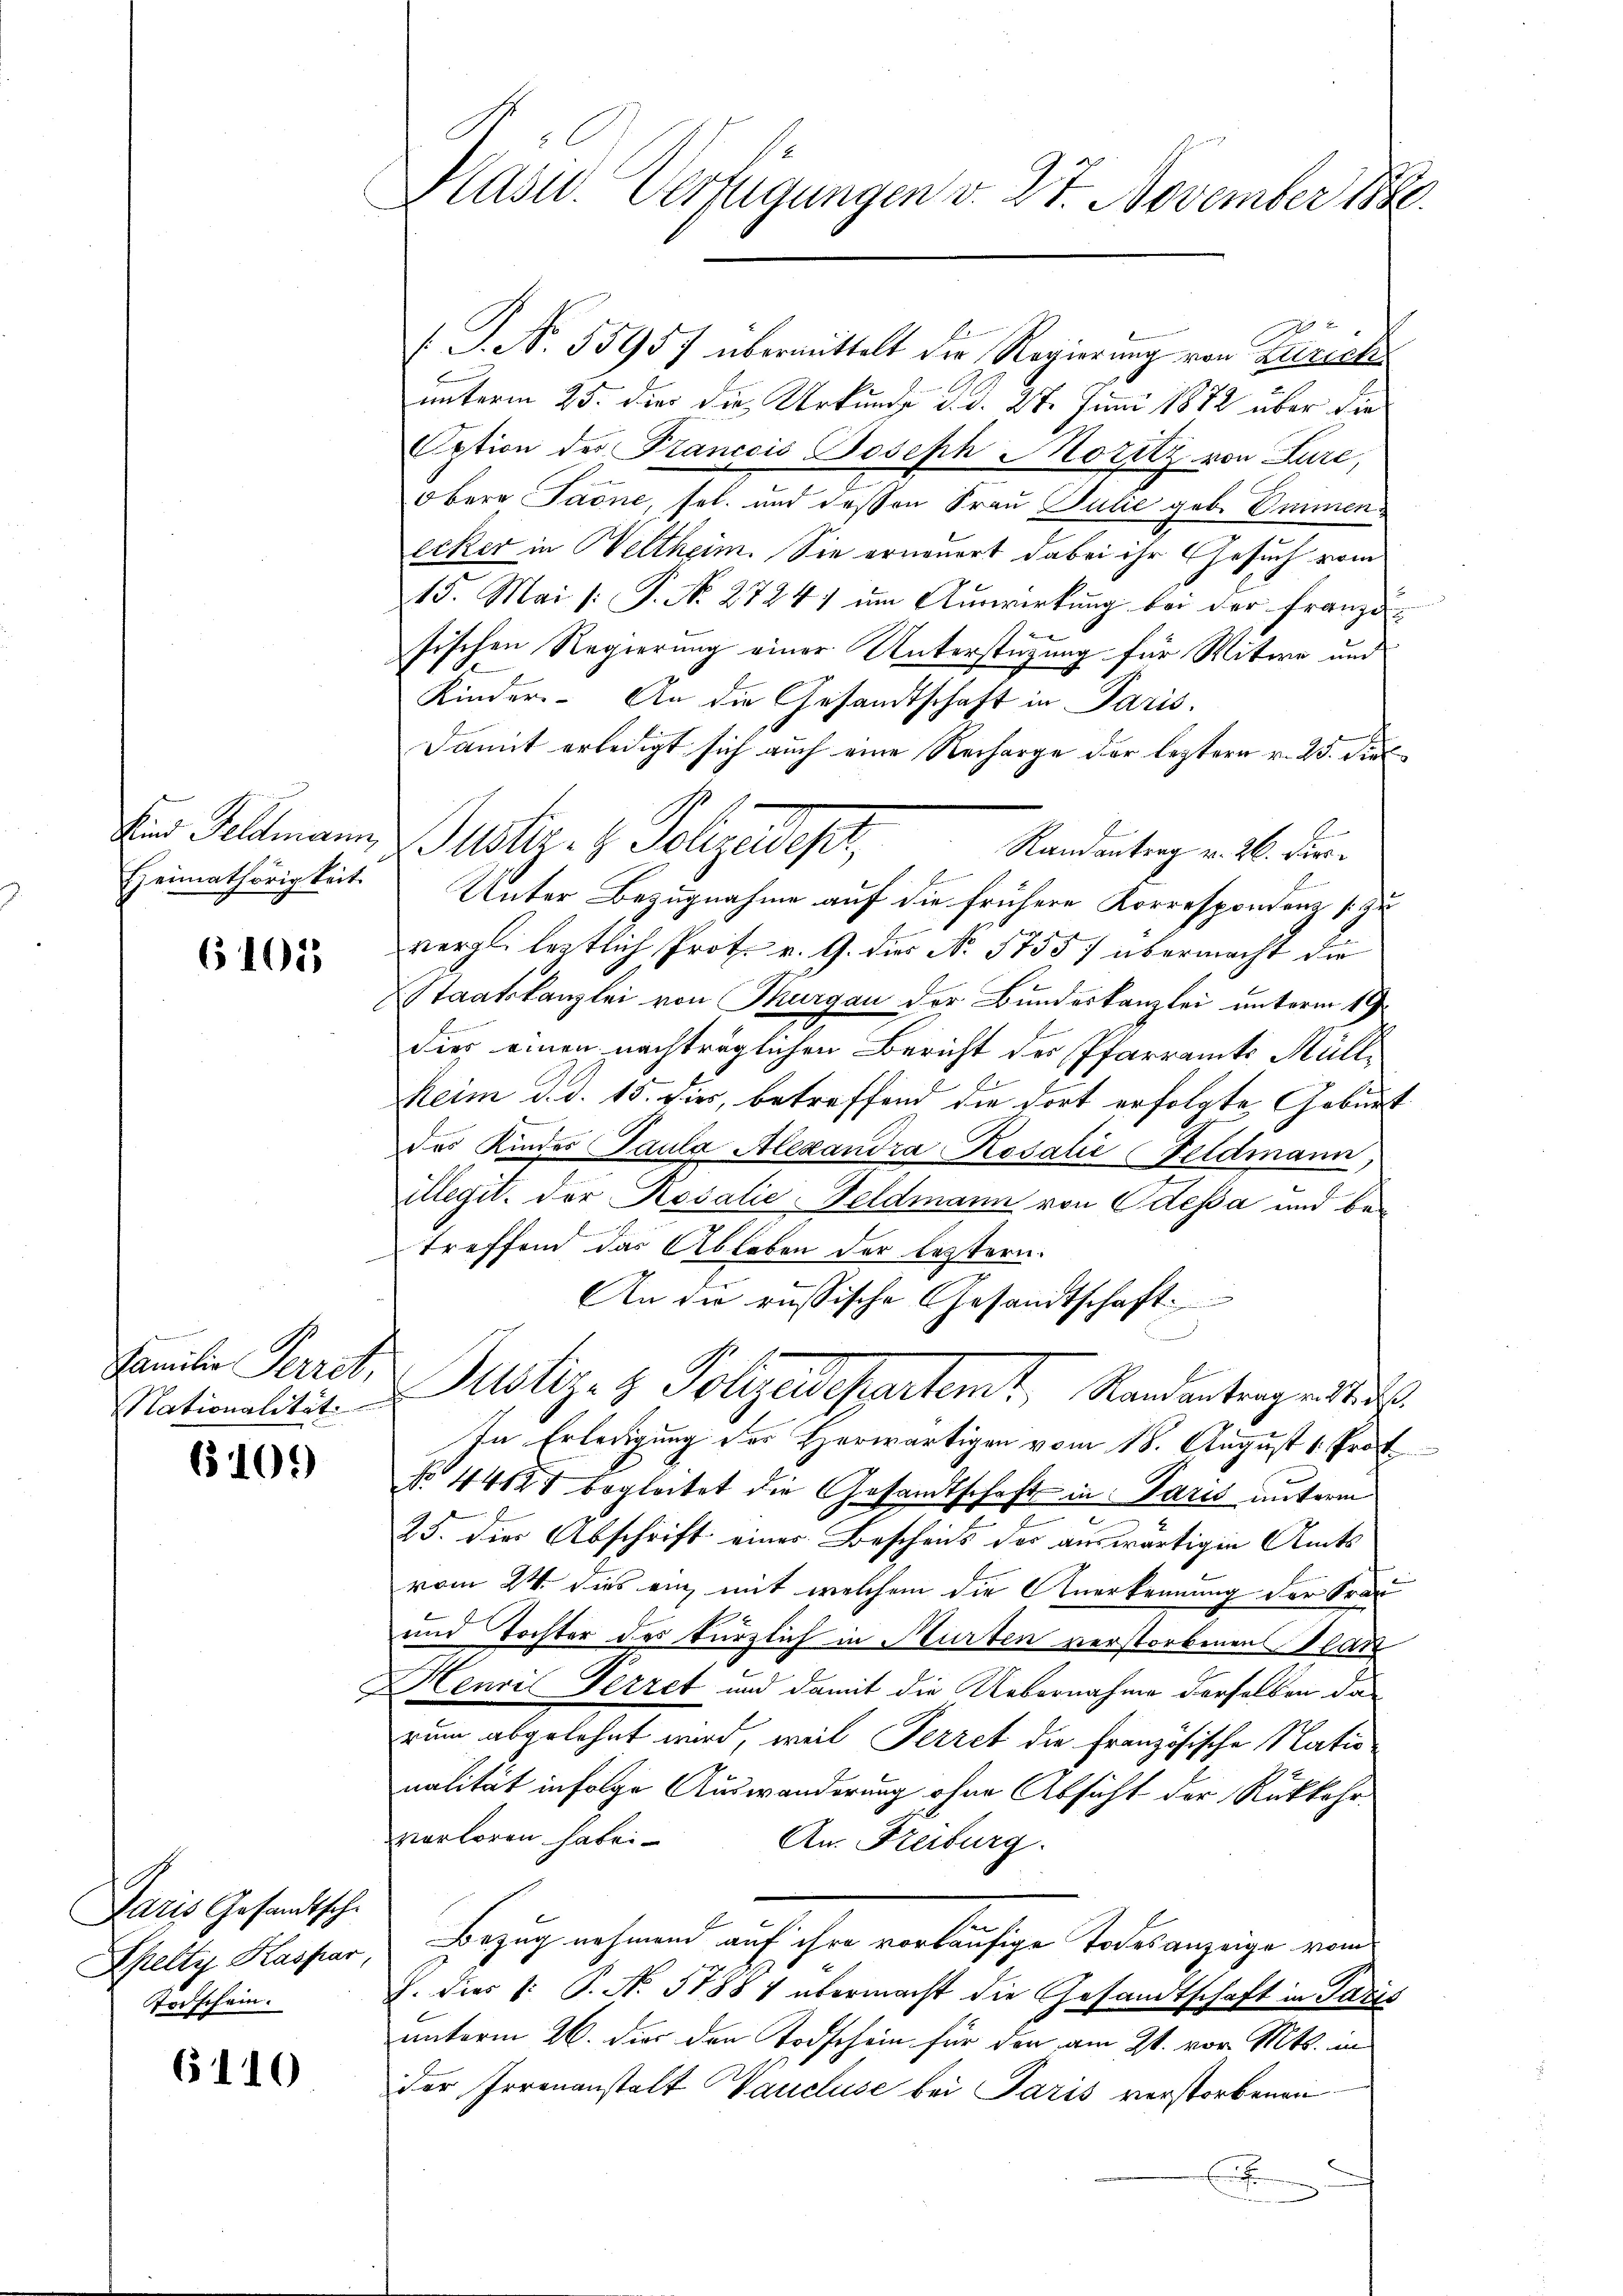
Heimathörigkeit.

6105

Nationalität

6109)

Paris Gesandtsche
Spelty Kaspar,
Korschein.

6110

Plast. Verfügungen v. 27. November 1880.

P. Nr. 55957 übermittelt die Regierung von Zürich
unterm 25. dies die Urkunde d. d. 27. Juni 1872 über die
Aption des Francois Joseph Moritz von Lure,
obere Paone, sel. und dessen Frau Julie geb. Emmenecker in Weltheim. Sie erneuert dabei ihr Gesuch vom
15. Mai /: P. No. 2724) um Auswirkung bei der franzisischen Regierung einer Unterstüzung für Witwe und
Kinder. An die Gesandtschaft in Paris.
Damit erledigt sich auch eine Recharge der leztern v. 23. Diel
Randantrag v. 26. Furr
Unter Bezugnahme auf die frühere Korrespondenz zu
vergl. leztlich Prote v. G. dies No 5755/ übermacht die
Staatskanzlei von Thurgau der Bundeskanzlei unterm 12.
dies einen nachträglichen Bericht des Pfarramts Müll¬
Heim d. d. 13. dies, betreffend die dort erfolgte Geburt
des Kindes Paula Alexandra Rosalić (Feldmann,
illegit. der Rosalie-Feldmann von Odessa und betreffend das Ableben der leztern.
An die russische Gesandtschaft.
.
Familie Paret. Justiz- & Polizeidepartemt, Randantragentu
In Erledigung der Herwärtigen vom 18. August 1. Prof.
No. 44121 begleitet die Gesandtschaft in Paris unterm
25. die Abschrift einer Bescheins der auswärtigen Amts
vom 24. dies ein mit welchem die Anerkennung der Frau
und Tochter des kürzlich in Murten verstorbenen Statt
Henri Herret und damit die Uebernahme derselben darum abgelehnt wird, weil Ferret die Französische Nationalität infolge Auswanderung ohne Absicht der Rükkehr
verloren haben.
An. Freiburg
Bezug nehmend auf ihre vorläufige Todesanzeige vom
G. dies /: P. No. 51884 übermacht die Gesandtschaft in Paris
unterm 26. dies den Todschein für den am 21. vor. Mts. in
der Irrenanstalt Vaucluse bei Paris verstorbenen
x
.

Sind Geldmann Justiz- & Polizeidet,